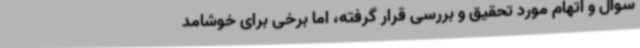
سوال و اتهام مورد تحقیق و بررسی قرار گرفته، اما برخی برای خوشامد